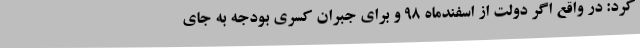
کرد: در واقع اگر دولت از اسفندماه 98 و برای جبران کسری بودجه به جای